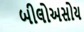
બીલોઅસોય